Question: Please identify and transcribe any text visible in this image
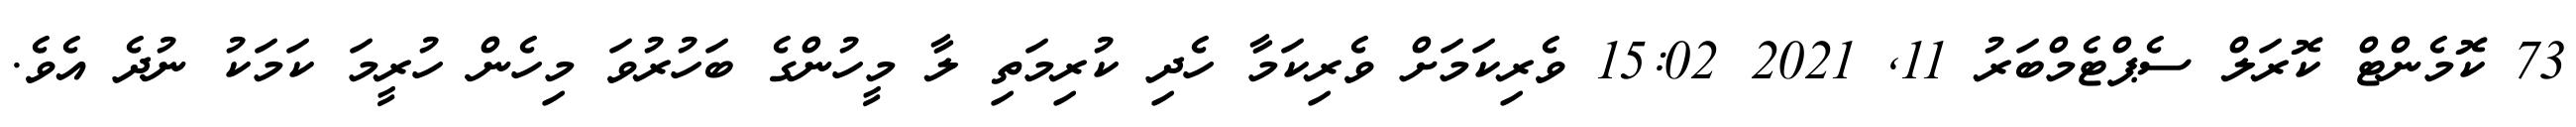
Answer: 73 ކޮމެންޓް ކޮރަލް ސެޕްޓެމްބަރު 11, 2021 15:02 ވެރިކަމަށް ވެރިކަމާ ހެދި ކުރިމަތި ލާ މީހުންގެ ބަހުރުވަ މިހެން ހުރީމަ ކަމަކު ނުދެ އެވެ.